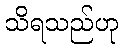
သိရသည်ဟု